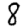
Digit: 8